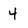
Character: 4